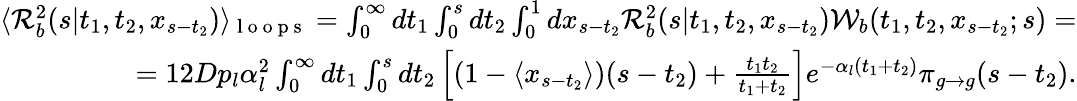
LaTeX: \begin{array}{r}{\langle{\cal R}_{b}^{2}(s|t_{1},t_{2},x_{s-t_{2}})\rangle_{\mathrm{~l~o~o~p~s~}}=\int_{0}^{\infty}dt_{1}\int_{0}^{s}dt_{2}\int_{0}^{1}dx_{s-t_{2}}{\cal R}_{b}^{2}(s|t_{1},t_{2},x_{s-t_{2}}){\cal W}_{b}(t_{1},t_{2},x_{s-t_{2}};s)=}\\ {=12Dp_{l}\alpha_{l}^{2}\int_{0}^{\infty}dt_{1}\int_{0}^{s}dt_{2}\left[(1-\langle x_{s-t_{2}}\rangle)(s-t_{2})+\frac{t_{1}t_{2}}{t_{1}+t_{2}}\right]e^{-\alpha_{l}(t_{1}+t_{2})}\pi_{g\to g}(s-t_{2}).}\end{array}